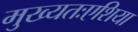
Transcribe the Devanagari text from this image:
मुख्यतःएशिया